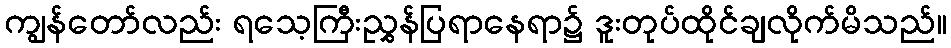
ကျွန်တော်လည်း ရသေ့ကြီးညွှန်ပြရာနေရာ၌ ဒူးတုပ်ထိုင်ချလိုက်မိသည်။